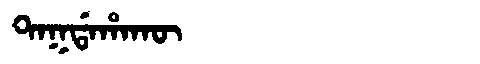
Manchu: ᡨᠠᡴᡩᠠᡥᠠᡴᡡ
Romanization: TAKDAHAKŪ